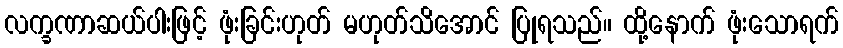
လက္ခဏာဆယ်ပါးဖြင့် ဖုံးခြင်းဟုတ် မဟုတ်သိအောင် ပြုရသည်။ ထို့နောက် ဖုံးသောရက်